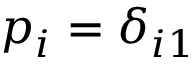
p _ { i } = \delta _ { i 1 }